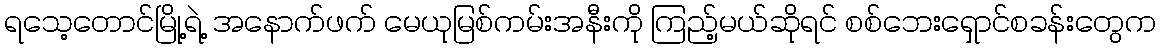
ရသေ့တောင်မြို့ရဲ့ အနောက်ဖက် မေယုမြစ်ကမ်းအနီးကို ကြည့်မယ်ဆိုရင် စစ်ဘေးရှောင်စခန်းတွေက